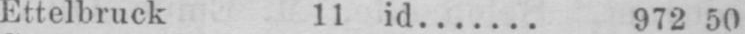
Ettelbruck 11 id....... 972 50